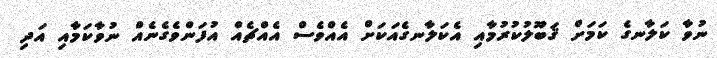
ނުވާ ކަލާނގެ ކަމަށް ޤަބޫލުކުރުމާއި އެކަލާނގެއަކަށް އެއްވެސް އެއްޗެއް އުފަންވެގެނެއް ނުވާކަމާއި އަދި